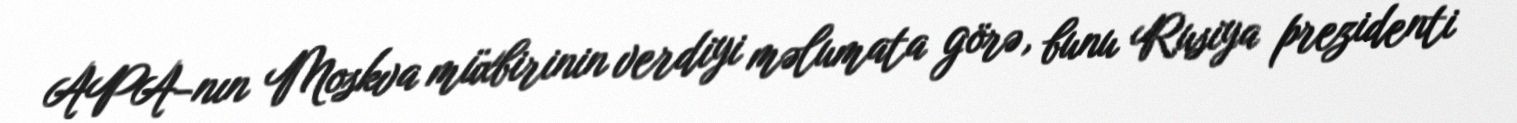
APA-nın Moskva müxbirinin verdiyi məlumata görə, bunu Rusiya prezidenti